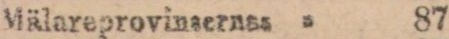
Mälareprovinsernas ” 87 — —